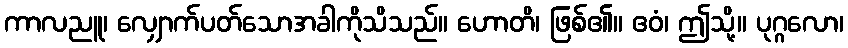
ကာလညူ၊ လျှောက်ပတ်သောအခါကိုသိသည်။ ဟောတိ၊ ဖြစ်၏။ ဧဝံ၊ ဤသို့။ ပုဂ္ဂလော၊